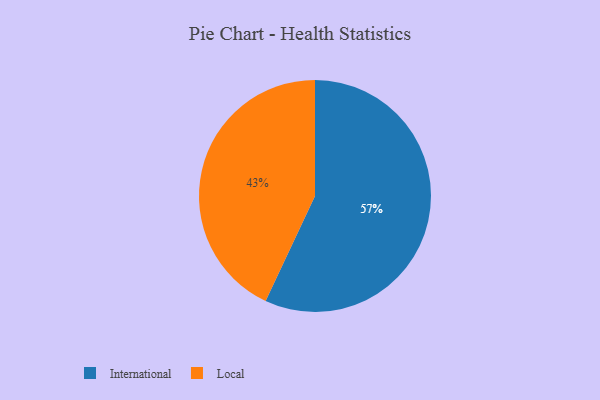
{"axis": {"x": "Category", "y": "Percentage"}, "legend": ["International", "Local"], "data": [{"x": "Local", "y": 43, "type": "Local"}, {"x": "International", "y": 57, "type": "International"}]}